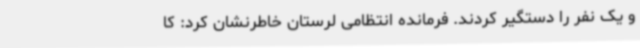
و یک نفر را دستگیر کردند. فرمانده انتظامی لرستان خاطرنشان کرد: کا